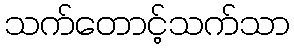
သက်တောင့်သက်သာ